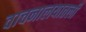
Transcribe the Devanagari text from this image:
वाचनालयातली